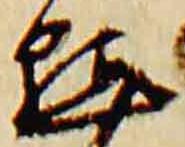
黙